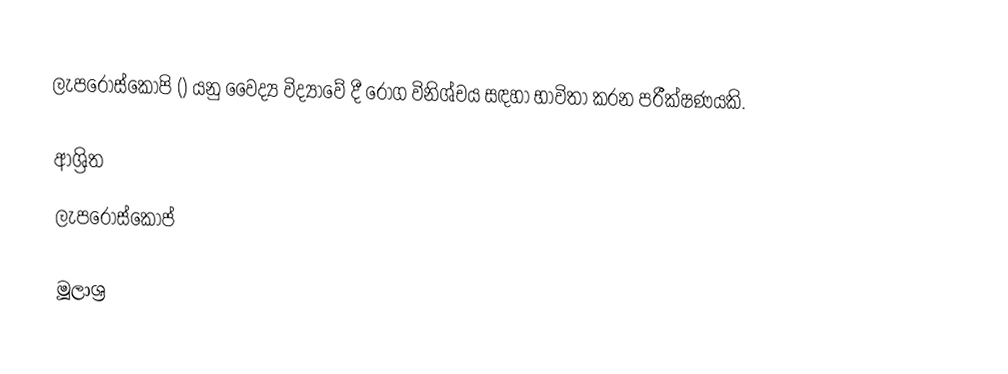
ලැපරොස්කොපි () යනු වෛද්‍ය විද්‍යාවේ දී රෝග විනිශ්චය සඳහා භාවිතා කරන පරීක්ෂණයකි.

ආශ්‍රිත
 ලැපරොස්කෝප්

මූලාශ්‍ර